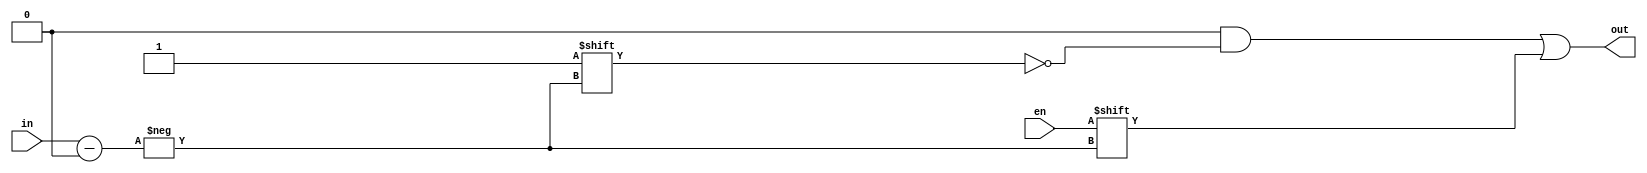
module fivetothirtytwo (in,out,en);        
 input  [4:0]in;             
 input en;               
 output reg [31:0] out;                 
  always @ (en or in)
   begin      
      out = 32'b0;           
      out[in] = en;                
   end
endmodule